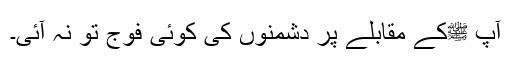
آپ ﷺکے مقابلے پر دشمنوں کی کوئی فوج تو نہ آئی۔